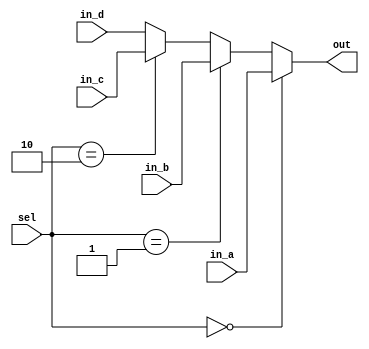
// ECE:3350 SISC processor project
// 32-bit mux

`timescale 1ns/100ps

module mux32 (in_a, in_b, in_c, in_d, sel, out);

  /*
   *  32-BIT MULTIPLEXER - mux32.v
   *
   *  Inputs:
   *   - in_a (32 bits): First input to multiplexer. Selected when sel = 0.
   *   - in_b (32 bits): Second input. Selected when sel = 1.
   *   - sel: Selects which input propagates to output.
   *
   *  Outputs:
   *   - out (32 bits): Multiplexer output.
   *
   */

  input  [31:0] in_a;
  input  [31:0] in_b;
  input  [31:0] in_c;
  input  [31:0] in_d;
  input  [1:0] sel;
  output [31:0] out;

  reg   [31:0] outreg;
   
  always @ (in_a, in_b, sel)
  begin
    if (sel == 2'b00)
      outreg = in_a;
    else if(sel == 2'b01)
      outreg = in_b;
    else if(sel == 2'b10)
	outreg = in_c;
    else 
	outreg = in_d;
  end

  assign out = outreg;

endmodule